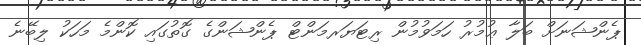
ޕެންޝަނަށް ބަލާ ޢުމުރު ހަމަވުމުން ރިޓަޔަރމަންޓް ޕެންޝަންގެ ގޮތުގައި ކޮންމެ މަހަކު ލިބޭނެ